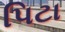
પિટા